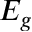
E _ { g }